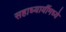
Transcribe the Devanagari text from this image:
सहाध्यायींमध्ये